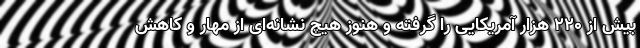
بیش از 220 هزار آمریکایی را گرفته و هنوز هیچ نشانه‌ای از مهار و کاهش